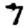
Digit: 7